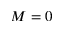
M = 0